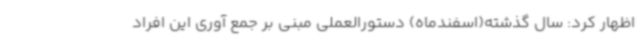
اظهار کرد: سال گذشته(اسفندماه) دستورالعملی مبنی بر جمع آوری این افراد